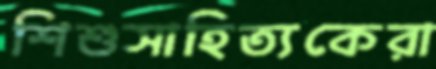
শিশুসাহিত্যকেরা